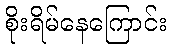
စိုးရိမ်နေကြောင်း